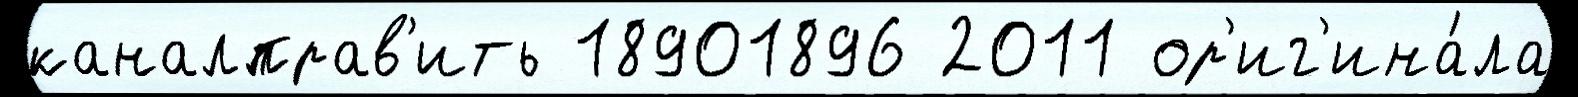
каналправ'ить 18901896 2011 ор'иг'ина́ла